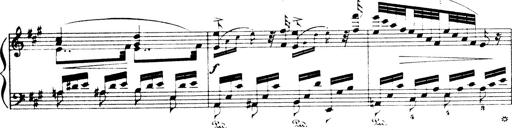
Title: Wagner-Liszt Album
Composer: Franz Liszt